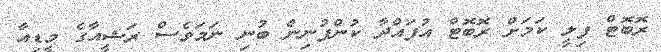
ރޮބޮޓް ފިލީ ކަމަށް ރޮބޮޓް އުފައްދާ ކުންފުނިން ބުނި ނަމަވެސް ރަޝީއާގެ މީޑިއާ